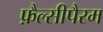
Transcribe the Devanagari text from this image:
फ़ैल्सीपैरम